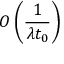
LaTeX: O \left( { \frac { 1 } { \lambda t _ { 0 } } } \right)